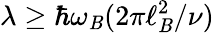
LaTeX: \lambda\geq\hbar\omega_{\mathit{B}}(2\pi\ell_{\mathit{B}}^{2}/\nu)